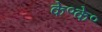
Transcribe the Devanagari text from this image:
के॰के॰